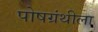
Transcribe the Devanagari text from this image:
पोषग्रंथीला